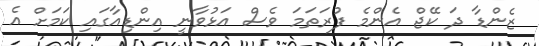
ޒެންޑާ ދަ ކޭޖް އެންމެ ފުރަތަމަ ވެސް އަޅުވާނީ އިންޑިއާގައި ކަމަށް އެ